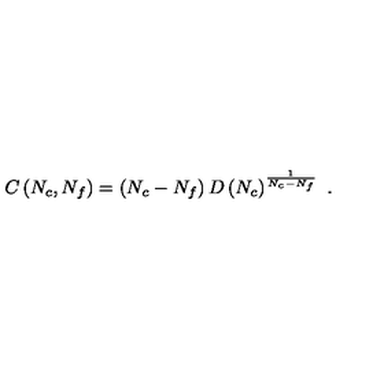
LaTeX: C \left( N _ { c } , N _ { f } \right) = \left( N _ { c } - N _ { f } \right) D \left( N _ { c } \right) ^ { \frac { 1 } { N _ { c } - N _ { f } } } \ .